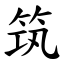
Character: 筑